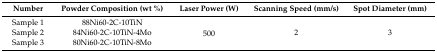
| Number | Powder Composition (wt %) | Laser Power (W) | Scanning Speed (mm/s) | Spot Diameter (mm) |
 | --- | --- | --- | --- | --- |
 | Sample 1 | 88Ni60-2C-10TiN | <ROWSPAN=3> 500 |  |  |
 | Sample 2 | 84Ni60-2C-10TiN-4Mo | 2 | 3 |
 | Sample 3 | 80Ni60-2C-10TiN-8Mo |  |  |